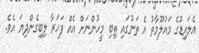
އެލައިޑުގެ މައުލޫމާތު އެ ތަނުގައި ތިބި މީހުންނަށް އެއް ފަހަރާ ލިބިގެންދިޔަ އެވެ.